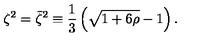
\zeta ^ { 2 } = \bar { \zeta } ^ { 2 } \equiv \frac 1 3 \left( \sqrt { 1 + 6 \rho } - 1 \right) .